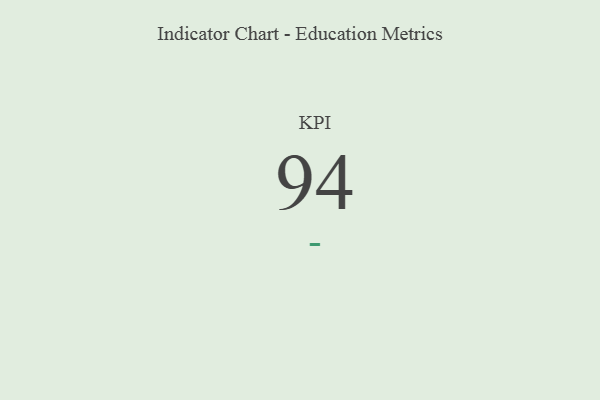
{"axis": {"x": "KPI", "y": "Value"}, "legend": [""], "data": [{"x": "KPI", "y": 94, "type": ""}]}